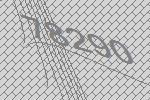
78290